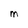
Character: M